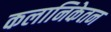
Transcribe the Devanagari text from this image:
कलानिकेतन